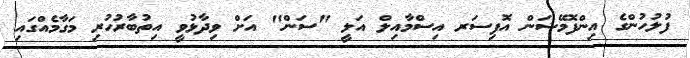
ފުލުހުންގެ އިންފޮމޭޝަން އޮފިސަރ އިސްމާއިލް އަލީ "ސަން" އަށް ވިދާޅުވީ އިތުބާރުހުރި މަގާމެއްގައި